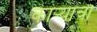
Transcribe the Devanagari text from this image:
काऱ्याचा